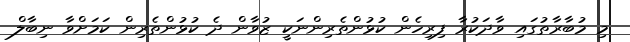
މި މުބާރާތުގައި ވާދަކުރާ ފިރިހެން ކުޅުންތެރިންނަކީ ޒުވާން ދެ ކުޅުންތެރިން ކަމަށްވާ ނިބާލް